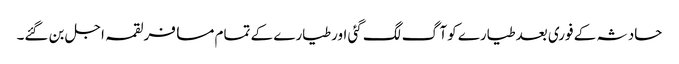
حادثہ کے فوری بعدطیارے کوآگ لگ گئی اورطیارے کے تمام مسافرلقمہ اجل بن گئے۔